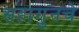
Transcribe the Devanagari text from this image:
सहागुनचे